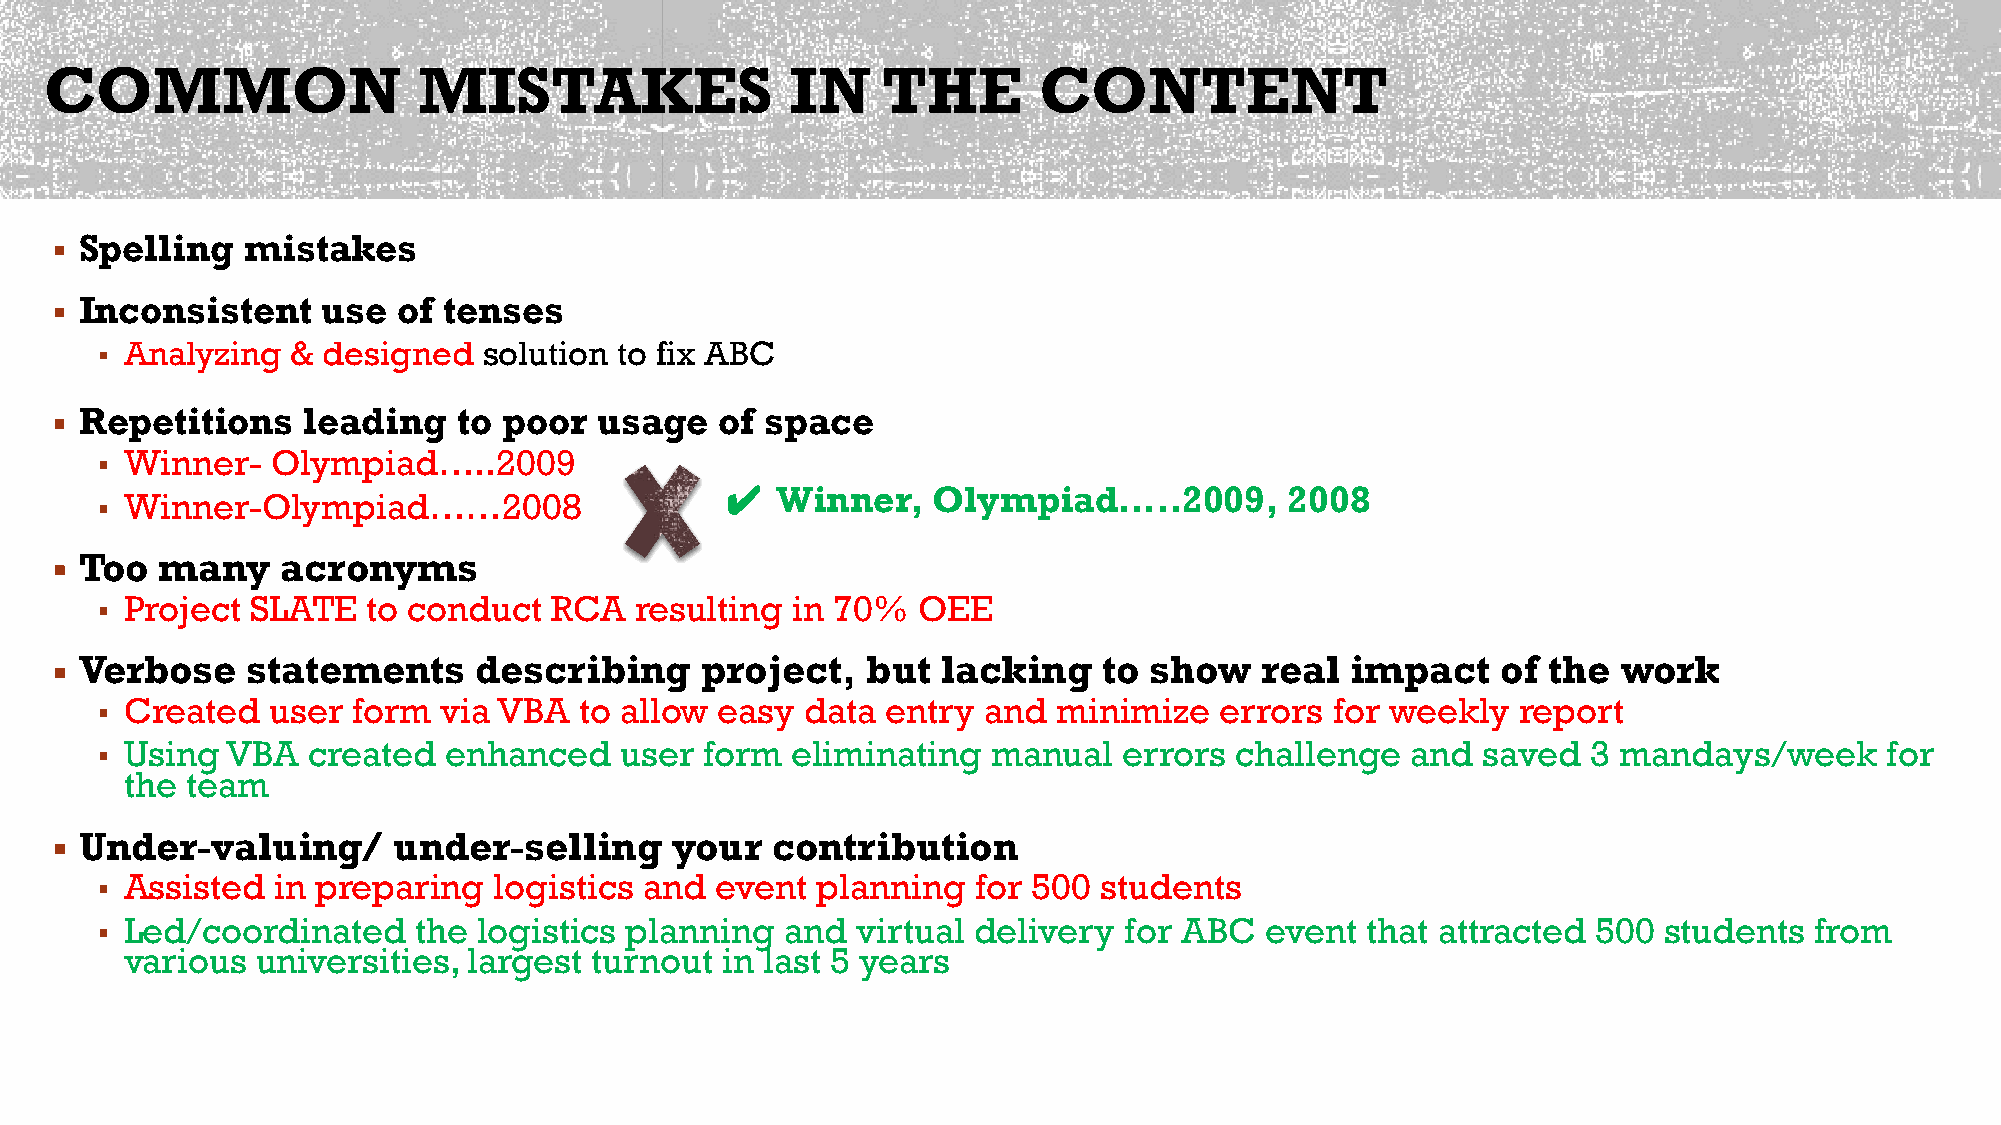
COMMON                   MISTAKES                IN    THE        CONTENT
 Spelling   mistakes
 ▪
 Inconsistent    use  of tenses
 ▪
 ▪ Analyzing  & designed   solution to fix ABC
 Repetitions    leading   to poor   usage   of space
 ▪
 Winner-   Olympiad…..2009
 ▪
 Winner-Olympiad……2008                   ✔  Winner,    Olympiad…..2009,       2008
 ▪
 Too   many    acronyms
 ▪
 Project  SLATE  to conduct   RCA  resulting in 70%   OEE
 ▪
 Verbose    statements     describing     project,   but  lacking    to show   real  impact    of the  work
 ▪
 Created   user form  via VBA  to allow easy  data  entry and  minimize   errors for weekly   report
 ▪
 Using  VBA  created  enhanced    user  form eliminating   manual  errors  challenge  and  saved  3 mandays/week      for
 ▪
 the team
 Under-valuing/       under-selling     your   contribution
 ▪
 Assisted  in preparing   logistics and event  planning   for 500 students
 ▪
 Led/coordinated    the  logistics planning  and  virtual delivery for ABC   event that attracted  500 students  from
 ▪
 various  universities, largest turnout  in last 5 years